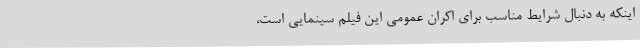
اینکه به دنبال شرایط مناسب برای اکران عمومی این فیلم سینمایی است،